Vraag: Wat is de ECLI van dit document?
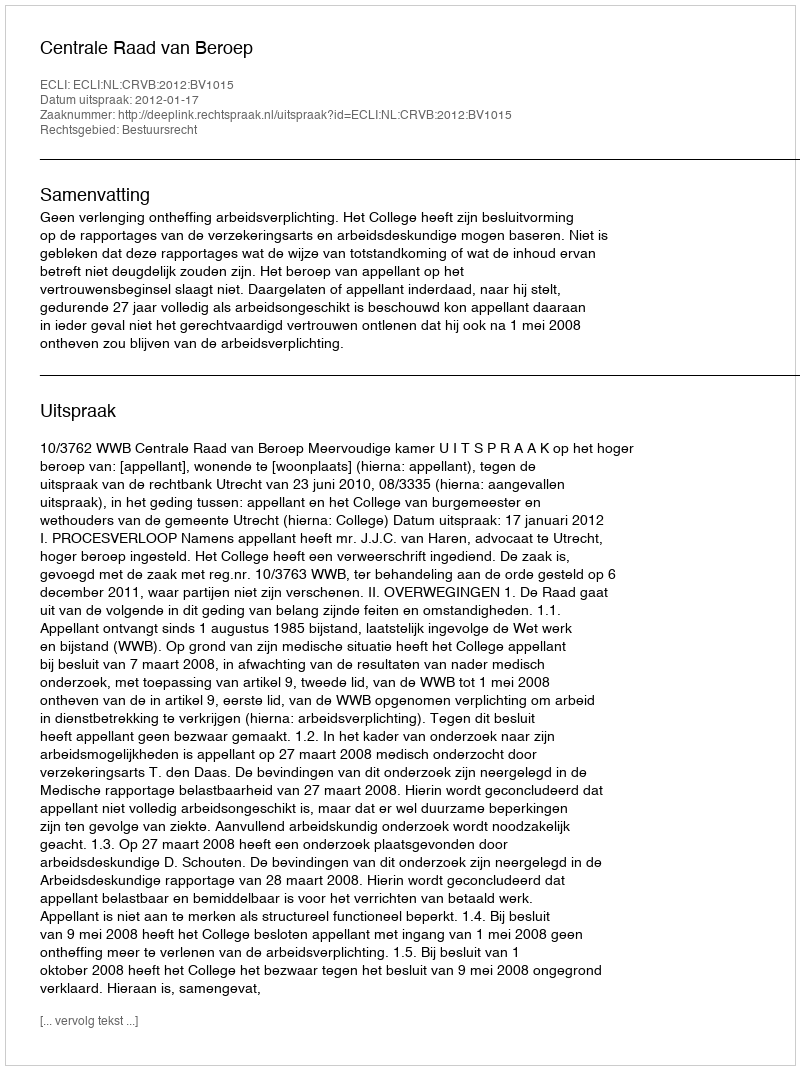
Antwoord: ECLI:NL:CRVB:2012:BV1015